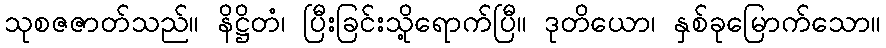
သုစဇဇာတ်သည်။ နိဋ္ဌိတံ၊ ပြီးခြင်းသို့ရောက်ပြီ။ ဒုတိယော၊ နှစ်ခုမြောက်သော။